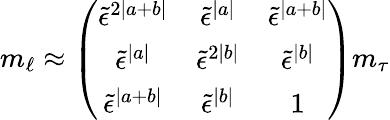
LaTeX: {m_{\ell}}\approx\left(\begin{array}{ccc}{{\tilde{\epsilon}^{2|a+b|}}}&{{\tilde{\epsilon}^{|a|}}}&{{\tilde{\epsilon}^{|a+b|}}}\\ {{\tilde{\epsilon}^{|a|}}}&{{\tilde{\epsilon}^{2|b|}}}&{{\tilde{\epsilon}^{|b|}}}\\ {{\tilde{\epsilon}^{|a+b|}}}&{{\tilde{\epsilon}^{|b|}}}&{{1}}\end{array}\right){m_{\tau}}